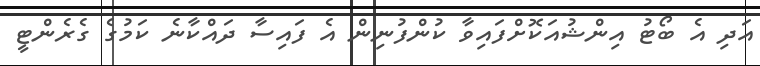
އަދި އެ ބޯޓު އިންޝުއަކޮށްފައިވާ ކުންފުނިން އެ ފައިސާ ދައްކާނެ ކަމުގެ ގެރެންޓީ